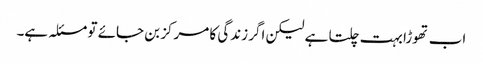
اب تھوڑا بہت چلتا ہے لیکن اگر زندگی کا مرکز بن جائے تو مسئلہ ہے۔